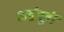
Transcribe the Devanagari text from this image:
अर्द्वपूर्वी